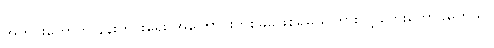
အတွင်းတော်က နန်းတွင်းရေး အကြောင်းတစ်ခုခုဖြစ်ရမယ်ကြားလို့ တွေးတောပူမိတယ်။